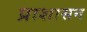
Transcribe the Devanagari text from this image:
प्राशासन